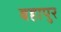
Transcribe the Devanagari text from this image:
बहापुर